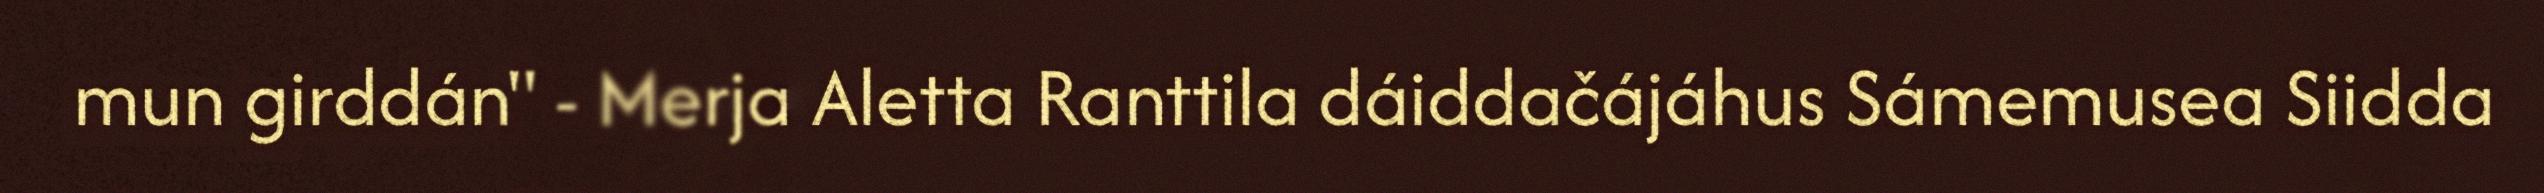
mun girddán" - Merja Aletta Ranttila dáiddačájáhus Sámemusea Siidda